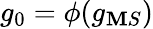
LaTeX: g_{0}=\phi(g_{\mathbf{M}S})